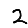
Digit: 2